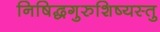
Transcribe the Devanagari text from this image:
निषिद्धगुरुशिष्यस्तु